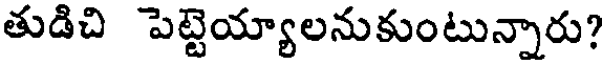
తుడిచి పెట్టెయ్యాలనుకుంటున్నారు?